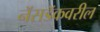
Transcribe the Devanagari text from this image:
नॅसडॅकवरील